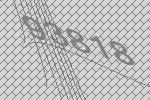
93818